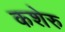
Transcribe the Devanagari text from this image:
कशेरु